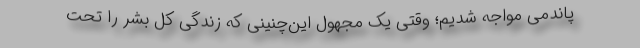
پاندمی مواجه شدیم؛ وقتی یک مجهول این‌چنینی که زندگی کل بشر را تحت